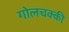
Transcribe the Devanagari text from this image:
गोलचक्की